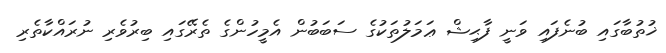
ޚުތުބާގައި ބުނެފައި ވަނީ ފާޙިޝް ޢަމަލުތަކުގެ ސަބަބުން އެމީހުންގެ ތެރޭގައި ބިރުވެރި ނުރައްކާތެރި